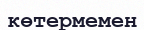
көтермемен